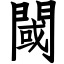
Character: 閾